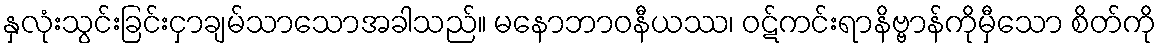
နှလုံးသွင်းခြင်းငှာချမ်သာသောအခါသည်။ မနောဘာဝနီယဿ၊ ဝဋ်ကင်းရာနိဗ္ဗာန်ကိုမှီသော စိတ်ကို